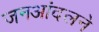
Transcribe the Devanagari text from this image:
जनआंदलने